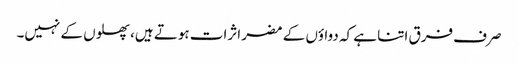
صرف فرق اتنا ہے کہ دواؤں کے مضر اثرات ہوتے ہیں، پھلوں کے نہیں۔